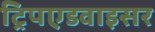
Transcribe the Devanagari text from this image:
ट्रिपएडवाइसर